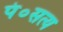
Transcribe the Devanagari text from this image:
पं०सत्य